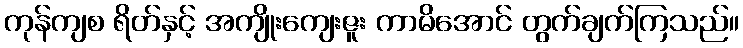
ကုန်ကျစ ရိတ်နှင့် အကျိုးကျေးဇူး ကာမိအောင် တွက်ချက်ကြသည်။